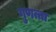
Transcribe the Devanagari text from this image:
गुणत्ता